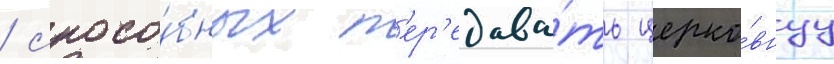
/ спосо́бных п'ер'едава́ть церко́внуу